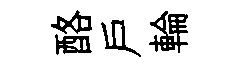
酪戶輪